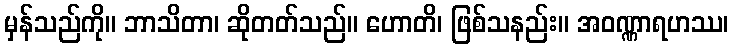
မှန်သည်ကို။ ဘာသိတာ၊ ဆိုတတ်သည်။ ဟောတိ၊ ဖြစ်သနည်း။ အဝဏ္ဏာရဟဿ၊